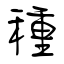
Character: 種